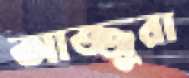
আজ্জুরা